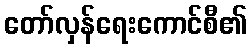
တော်လှန်ရေးကောင်စီ၏